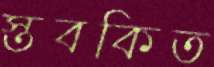
স্তবকিত